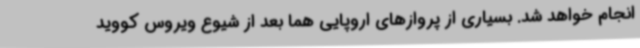
انجام خواهد شد. بسیاری از پروازهای اروپایی هما بعد از شیوع ویروس کووید